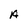
Character: A